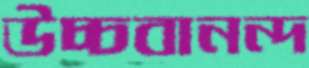
উচ্চবানন্দ